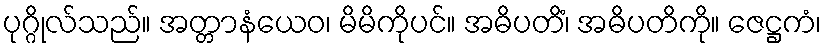
ပုဂ္ဂိုလ်သည်။ အတ္တာနံယေဝ၊ မိမိကိုပင်။ အဓိပတိံ၊ အဓိပတိကို။ ဇေဋ္ဌကံ၊